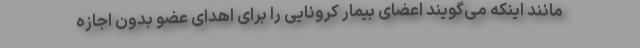
مانند اینکه می‌گویند اعضای بیمار کرونایی را برای اهدای عضو بدون اجازه